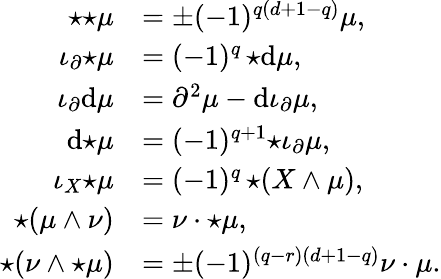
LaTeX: \begin{array}{rl}{{\star{\star\mu}}}&{=\pm(-1)^{q(d+1-q)}\mu,}\\ {\iota_{\partial}{\star\mu}}&{=(-1)^{q}\, {\star\mathrm{d}\mu},}\\ {\iota_{\partial}\mathrm{d}\mu}&{=\partial^{2}\mu-\mathrm{d}\iota_{\partial}\mu,}\\ {\mathrm{d}{\star\mu}}&{=(-1)^{q+1}{\star{\iota_{\partial}\mu}},}\\ {\iota_{X}{\star\mu}}&{=(-1)^{q}\, {\star(X\wedge\mu)},}\\ {{\star(\mu\wedge\nu)}}&{=\nu\cdot{\star\mu},}\\ {{\star(\nu\wedge\star\mu)}}&{=\pm(-1)^{(q-r)(d+1-q)}\nu\cdot\mu.}\end{array}